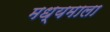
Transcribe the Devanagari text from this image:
मध्यमाला